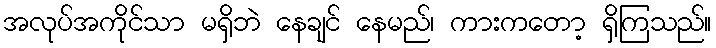
အလုပ်အကိုင်သာ မရှိဘဲ နေချင် နေမည်၊ ကားကတော့ ရှိကြသည်။